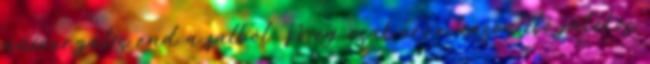
univerzális end a falból. Még csak erre hasonlító játékos